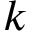
k